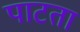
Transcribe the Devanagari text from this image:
पाटता